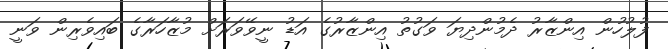
ފުލުހުން އިންޒާރު ދެމުންދިޔަ ވަގުތު އިންޒާރުގެ އަޑު ނީވޭވަރަށް މުޒާހަރާގެ ބައިވެރިން ވަނީ